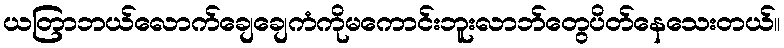
ယတြာဘယ်လောက်ချေချေကံကိုမကောင်းဘူးလာဘ်တွေပိတ်နေသေးတယ်။